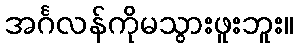
အင်္ဂလန်ကိုမသွားဖူးဘူး။